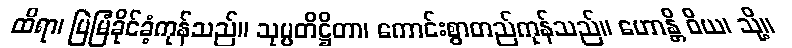
ထိရာ၊ မြဲမြံခိုင်ခံ့ကုန်သည်။ သုပ္ပတိဋ္ဌိတာ၊ ကောင်းစွာတည်ကုန်သည်။ ဟောန္တိ ဝိယ၊ သို့။